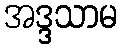
အဒ္ဒသာမ